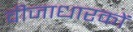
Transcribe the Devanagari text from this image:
वीजाधारकों